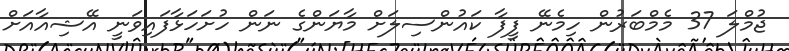
ޖުމްލަ 37 މެމްބަރުން ހިމެނޭ ފީފާ ކައުންސިލަށް މާޔަންގެ ނަން ހުށަހަޅާފައިވަނީ އޭޝިއާއަށް